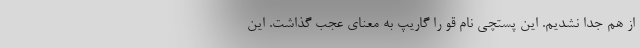
از هم جدا نشدیم. این پستچی نام قو را گاریپ به معنای عجب گذاشت. این